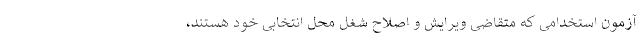
آزمون استخدامی که متقاضی ویرایش و اصلاح شغل محل انتخابی خود هستند،